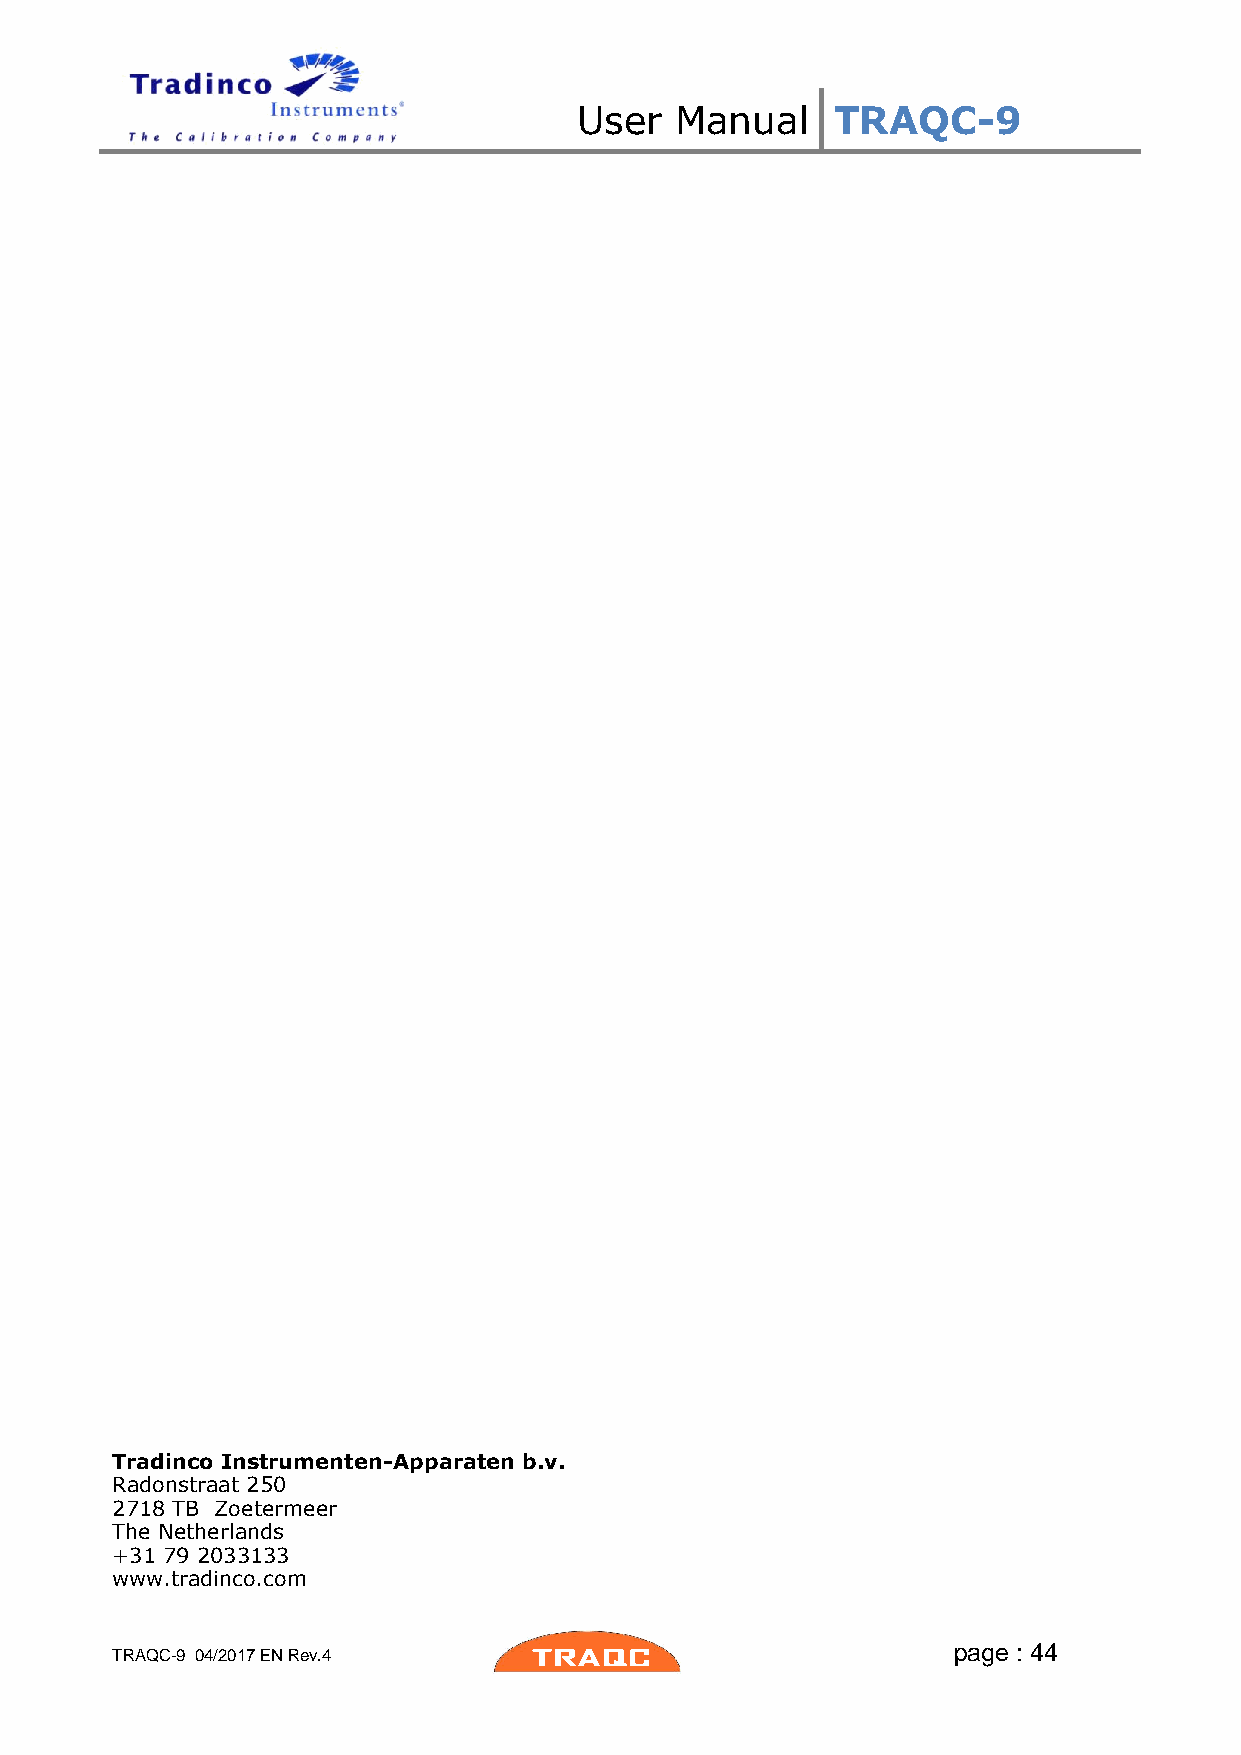
User   Manual    TRAQC-9
 Tradinco Instrumenten-Apparaten b.v.
 Radonstraat 250
 2718 TB Zoetermeer
 The Netherlands
 +31 79 2033133
 www.tradinco.com
 page : 44
 TRAQC-9 04/2017 EN Rev.4